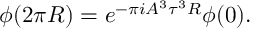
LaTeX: \phi ( 2 \pi R ) = e ^ { - \pi i A ^ { 3 } \tau ^ { 3 } R } \phi ( 0 ) .